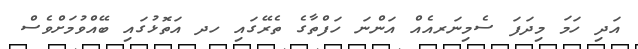
އަދި ހަމަ މިދަފަ ސެމިނަރއެއް އަންނަ ހަފްތާގެ ތެރޭގައި ހދ އަތޮޅުގައި ބޭއްވުމަށްވެސް